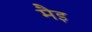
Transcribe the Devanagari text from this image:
मैइ